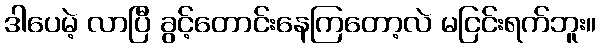
ဒါပေမဲ့ လာပြီ ခွင့်တောင်းနေကြတော့လဲ မငြင်းရက်ဘူး။